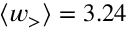
\ensuremath { \langle w _ { > } \rangle } = 3 . 2 4